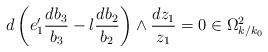
LaTeX: \begin{align*} d \left( e_1' \frac{db_3}{b_3}-l \frac{db_2}{b_2} \right) \wedge \frac{dz_1}{z_1}=0 \in \Omega^2_{k/k_0}\end{align*}